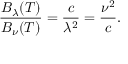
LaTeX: { \frac { B _ { \lambda } ( T ) } { B _ { \nu } ( T ) } } = { \frac { c } { \lambda ^ { 2 } } } = { \frac { \nu ^ { 2 } } { c } } .